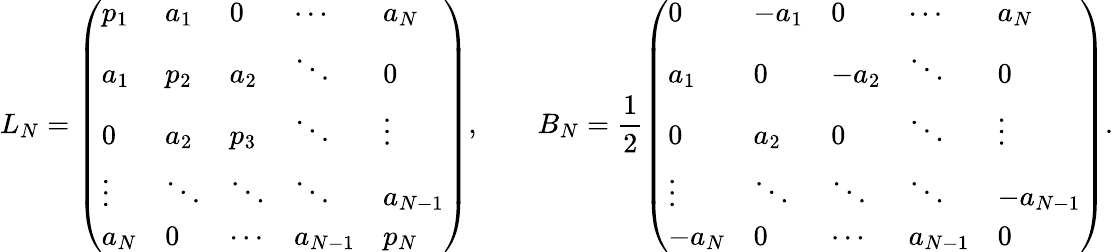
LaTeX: L_{N}=\left(\begin{array}{lllll}{p_{1}}&{a_{1}}&{0}&{\cdots}&{a_{N}}\\ {a_{1}}&{p_{2}}&{a_{2}}&{\ddots}&{0}\\ {0}&{a_{2}}&{p_{3}}&{\ddots}&{\vdots}\\ {\vdots}&{\ddots}&{\ddots}&{\ddots}&{a_{N-1}}\\ {a_{N}}&{0}&{\cdots}&{a_{N-1}}&{p_{N}}\end{array}\right),\qquad B_{N}=\frac{1}{2}\left(\begin{array}{lllll}{0}&{-a_{1}}&{0}&{\cdots}&{a_{N}}\\ {a_{1}}&{0}&{-a_{2}}&{\ddots}&{0}\\ {0}&{a_{2}}&{0}&{\ddots}&{\vdots}\\ {\vdots}&{\ddots}&{\ddots}&{\ddots}&{-a_{N-1}}\\ {-a_{N}}&{0}&{\cdots}&{a_{N-1}}&{0}\end{array}\right).